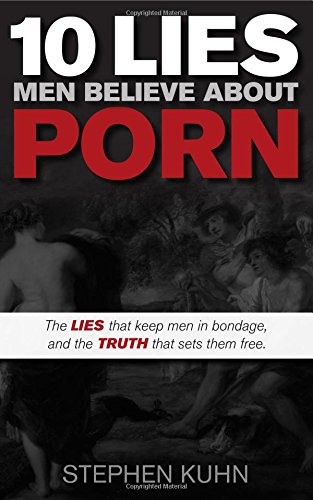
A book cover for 10 Lies Men Believe About Porn: The Lies That Keep Men in Bondage, and the Truth That Sets Them Free (Morgan James Faith); Stephen Kuhn; Politics & Social Sciences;